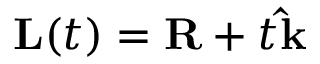
\mathbf { L } ( t ) = \mathbf { R } + t \mathbf { \hat { k } }